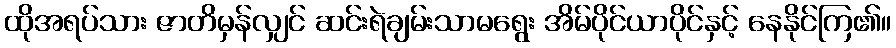
ထိုအရပ်သား ဇာတိမှန်လျှင် ဆင်းရဲချမ်းသာမရွေး အိမ်ပိုင်ယာပိုင်နှင့် နေနိုင်ကြ၏။